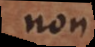
non